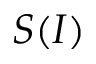
S ( I )